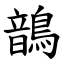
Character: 鶕